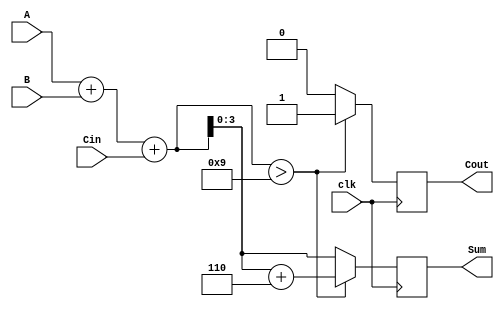
module BCD_Synchronous_Adder (
    input wire [3:0] A,        // First BCD input
    input wire [3:0] B,        // Second BCD input
    input wire clk,            // Clock signal
    input wire Cin,            // Carry input for multi-digit addition
    output reg [3:0] Sum,      // BCD sum output
    output reg Cout            // Carry output
);

    reg [4:0] S;               // 5-bit sum to hold intermediate result

    always @(posedge clk) begin
        // Perform binary addition
        S = A + B + Cin;

        // Check if correction is needed
        if (S > 5'b01001) begin // S > 9
            S = S + 5'b00110; // Add 6 to correct
            Cout = 1'b1;      // Set carry out
        end else begin
            Cout = 1'b0;      // No carry out
        end

        // Assign the lower 4 bits as the BCD result
        Sum = S[3:0];
    end

endmodule